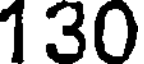
130